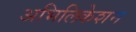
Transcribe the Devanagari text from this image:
अभिलिकेशन